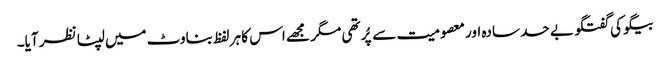
بیگو کی گفتگو بے حد سادہ اور معصومیت سے پُر تھی مگر مجھے اس کا ہر لفظ بناوٹ میں لپٹا نظر آیا۔